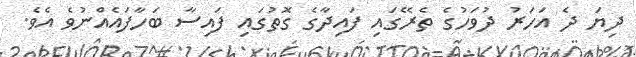
ދިޔަ ދެ އަހަރު ދުވަހުގެ ތެރޭގައި ފައިދާގެ ގޮތުގައި ފައިސާ ބަހާފައެއްނުވެ އެވެ.